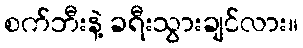
စက်ဘီးနဲ့ ခရီးသွားချင်လား။